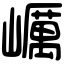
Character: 巁